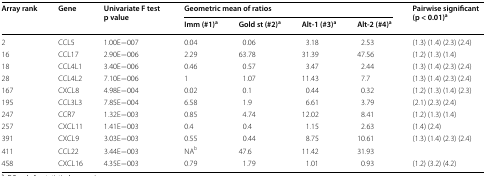
<table><thead><tr><td rowspan="2"><b>Array rank</b></td><td rowspan="2"><b>Gene</b></td><td rowspan="2"><b>Univariate F test p value</b></td><td colspan="4"><b>Geometric mean of ratios</b></td><td rowspan="2"><b>Pairwise significant (p &lt; 0.01)<sup>a</sup></b></td></tr><tr><td><b>Imm (#1)<sup>a</sup></b></td><td><b>Gold st (#2)<sup>a</sup></b></td><td><b>Alt-1 (#3)<sup>a</sup></b></td><td><b>Alt-2 (#4)<sup>a</sup></b></td></tr></thead><tbody><tr><td>2</td><td>CCL5</td><td>1.00E−007</td><td>0.04</td><td>0.06</td><td>3.18</td><td>2.53</td><td>(1.3) (1.4) (2.3) (2.4)</td></tr><tr><td>16</td><td>CCL17</td><td>2.90E−006</td><td>2.29</td><td>63.78</td><td>31.39</td><td>47.56</td><td>(1.2) (1.3) (1.4)</td></tr><tr><td>18</td><td>CCL4L1</td><td>3.40E−006</td><td>0.46</td><td>0.57</td><td>3.47</td><td>2.44</td><td>(1.3) (1.4) (2.3) (2.4)</td></tr><tr><td>28</td><td>CCL4L2</td><td>7.10E−006</td><td>1</td><td>1.07</td><td>11.43</td><td>7.7</td><td>(1.3) (1.4) (2.3) (2.4)</td></tr><tr><td>167</td><td>CXCL8</td><td>4.98E−004</td><td>0.02</td><td>0.1</td><td>0.44</td><td>0.32</td><td>(1.2) (1.3) (1.4) (2.3)</td></tr><tr><td>195</td><td>CCL3L3</td><td>7.85E−004</td><td>6.58</td><td>1.9</td><td>6.61</td><td>3.79</td><td>(2.1) (2.3) (2.4)</td></tr><tr><td>247</td><td>CCR7</td><td>1.32E−003</td><td>0.85</td><td>4.74</td><td>12.02</td><td>8.41</td><td>(1.2) (1.3) (1.4)</td></tr><tr><td>257</td><td>CXCL11</td><td>1.41E−003</td><td>0.4</td><td>0.4</td><td>1.15</td><td>2.63</td><td>(1.4) (2.4)</td></tr><tr><td>391</td><td>CXCL9</td><td>3.03E−003</td><td>0.55</td><td>0.44</td><td>8.75</td><td>10.61</td><td>(1.3) (1.4) (2.3) (2.4)</td></tr><tr><td>411</td><td>CCL22</td><td>3.44E−003</td><td>NA<sup>b</sup></td><td>47.6</td><td>11.42</td><td>31.93</td><td></td></tr><tr><td>458</td><td>CXCL16</td><td>4.35E−003</td><td>0.79</td><td>1.79</td><td>1.01</td><td>0.93</td><td>(1.2) (3.2) (4.2)</td></tr></tbody></table>